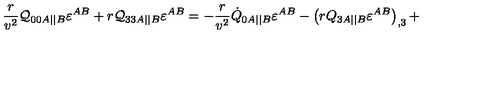
\frac r { v ^ { 2 } } { \cal Q } _ { 0 0 A | | B } \varepsilon ^ { A B } + r { \cal Q } _ { 3 3 A | | B } \varepsilon ^ { A B } = - \frac r { v ^ { 2 } } \dot { Q } _ { 0 A | | B } \varepsilon ^ { A B } - \left( r { Q } _ { 3 A | | B } \varepsilon ^ { A B } \right) _ { , 3 } +